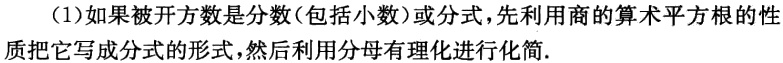
（1）如果被开方数是分数(包括小数)或分式,先利用商的算术平方根的性质把它写成分式的形式，然后利用分母有理化进行化简.